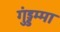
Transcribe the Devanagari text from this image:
गुंड्डम्मा